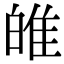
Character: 𤽼